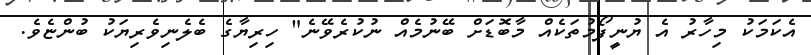
އެކަމަކު މިހާރު އެ ޔުނީފޯމުތަކެއް މާބޮޑަށް ބޭނުމެއް ނުކުރެވޭނެ" ހިރިޔާގެ ބެލެނިވެރިޔަކު ބުންޏެވެ.